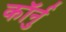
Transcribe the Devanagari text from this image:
कॉर्नु